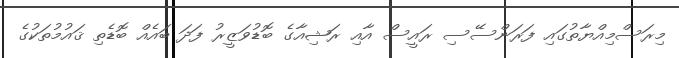
މިރަސްމިއްޔާތުގައި ފަރަންސޭސި ރައީސް އާއި ރަޝިއާގެ ބޮޑުވަޒީރު ފަދަ ބައެއް ބޮޑެތި ޤައުމުތަކުގެ